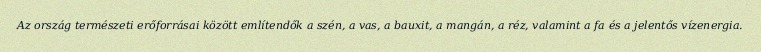
Az ország természeti erőforrásai között említendők a szén, a vas, a bauxit, a mangán, a réz, valamint a fa és a jelentős vízenergia.